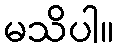
မသိပါ။